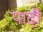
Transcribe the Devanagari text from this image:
पाढ़ी